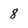
Character: 8